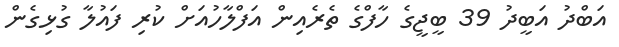
އަބްދު އަބީދު 39 ބީޖީގެ ހާފްގެ ތެރެއިން އަފްލާހުއަށް ކުރި ފައުލާ ގުޅިގެން